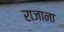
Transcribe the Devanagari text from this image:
राजाना